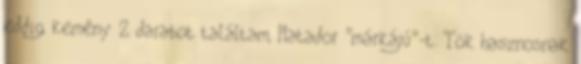
eddig kemény 2 darabot találtam, Matador "márkájú"-t. Tök hasznosnak